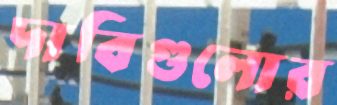
দাবিগুলোর